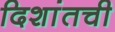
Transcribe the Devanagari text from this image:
दिशांतची